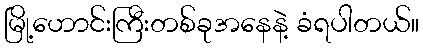
မြို့ဟောင်းကြီးတစ်ခုအနေနဲ့ ခံရပါတယ်။